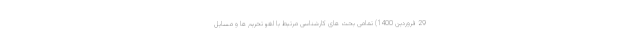
29 فروردین 1400) تمامی بحث های کارشناسی مرتبط با لغو تحریم ها و مسایل